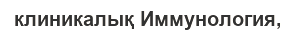
клиникалық Иммунология,